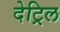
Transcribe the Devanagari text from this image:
देट्रिल